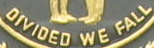
DIVIDED WE FALL